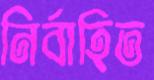
নির্বাহিত